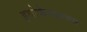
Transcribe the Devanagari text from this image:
इथोफेनप्राक्‍स